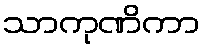
သာကုဏိကာ